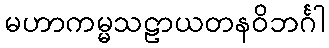
မဟာကမ္မသဠာယတနဝိဘင်္ဂါ